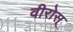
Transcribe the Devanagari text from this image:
वीरोस्